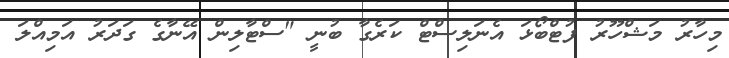
މިހާރު މަޝްހޫރު ފުޓްބޯޅަ އެނަލިސްޓް ކަރެގާ ބުނީ "ސްޓާލިން އޭނާގެ ގަދަރު އަމިއްލަ